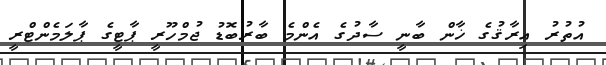
އުތުރު އިރާޤުގެ ޚާން ބާނީ ސާދުގެ އެންމެ ބާރުބޮޑު ޖުމްހޫރީ ޕާޓީގެ ޕާލަމެންޓްރީ